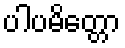
ပါပမိတ္တော